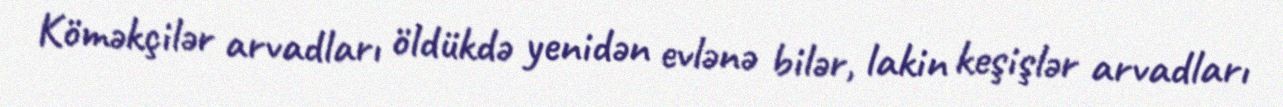
Köməkçilər arvadları öldükdə yenidən evlənə bilər, lakin keşişlər arvadları